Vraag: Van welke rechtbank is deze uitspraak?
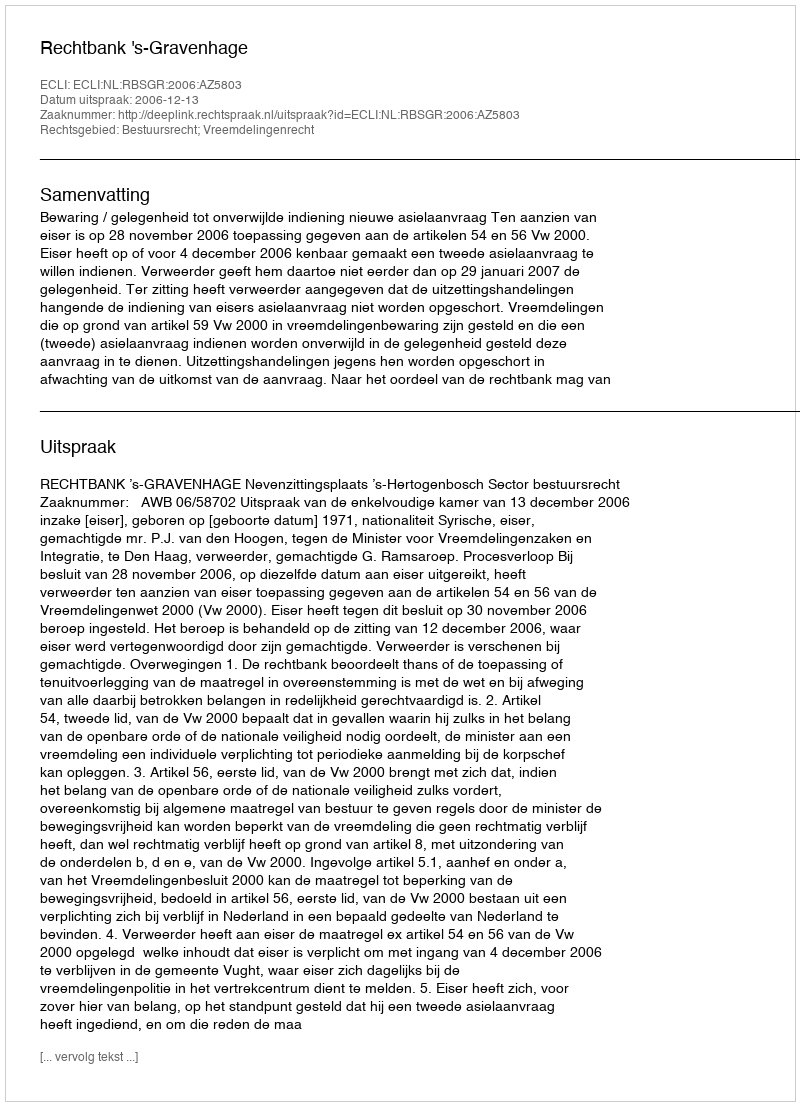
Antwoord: Rechtbank 's-Gravenhage